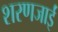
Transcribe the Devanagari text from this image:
शरणजाईं